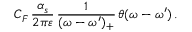
C _ { F } \, \frac { \alpha _ { s } } { 2 \pi \varepsilon } \, \frac { 1 } { ( \omega - \omega ^ { \prime } ) _ { + } } \, \theta ( \omega - \omega ^ { \prime } ) \, .